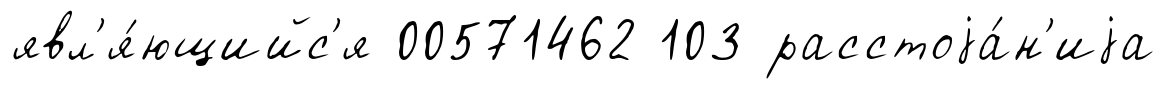
явл'я́ющийс'я 00571462 103 расстоjа́н'иjа